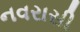
નવરાસી